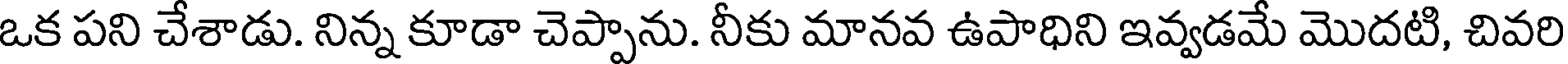
ఒక పని చేశాడు. నిన్న కూడా చెప్పాను. నీకు మానవ ఉపాధిని ఇవ్వడమే మొదటి, చివరి